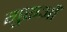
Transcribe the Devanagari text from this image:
गुरूऔं